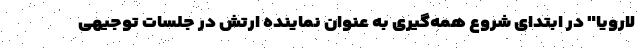
لارویا" در ابتدای شروع همه‌گیری به عنوان نماینده ارتش در جلسات توجیهی